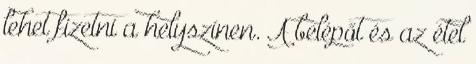
lehet fizetni a helyszínen. A belépőt és az étel